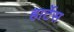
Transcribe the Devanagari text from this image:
हार्टेस